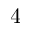
4